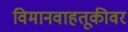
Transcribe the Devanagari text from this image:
विमानवाहतूकीवर